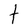
Character: t